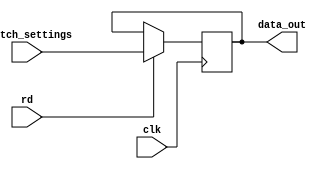
/*
SENSE SWITCHES 

input data from sense switches

port 0xFF

used to configure various I/O boards 
- 2SIO serial board
- 

also to play killbits game

use 0xFD 11 111 101 for 4k basic

*/

module sense_switch(
  input clk,
  input rd,
  input [7:0] switch_settings,
  output reg [7:0] data_out
);
  
  always @(posedge clk)
    begin
	  if (rd)
	  begin
		 data_out <= switch_settings;
	  end
    end
endmodule